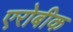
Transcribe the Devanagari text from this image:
एरोबीक